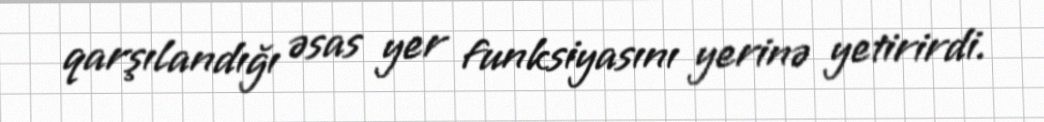
qarşılandığı əsas yer funksiyasını yerinə yetirirdi.